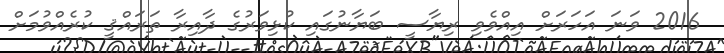
2016 ވަނަ އަހަރަށް އިއްވެވި ރިޔާސީ ބަޔާނުގައި ކުޅިވަރުގެ ދާއިރާ ތަރައްޤީ ކުރެއްވުމަށް